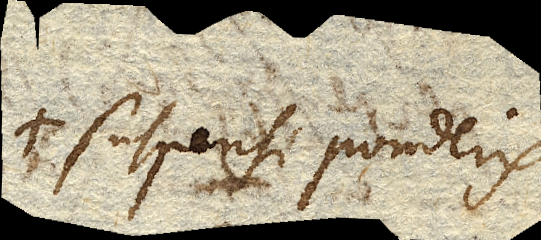
suspensi ponderis